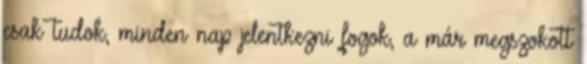
csak tudok, minden nap jelentkezni fogok, a már megszokott